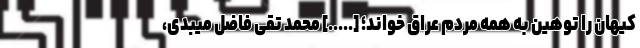
کیهان را توهین به همه مردم عراق خواند؛ [.....] محمد تقی فاضل میبدی،